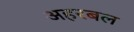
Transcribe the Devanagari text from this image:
अहरबल